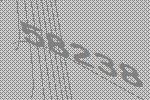
58238